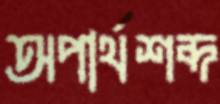
অপার্থশব্দ